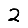
Digit: 2